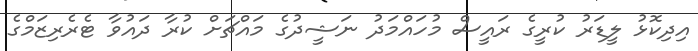
އިދިކޮޅު ލީޑަރު ކުރީގެ ރައީސް މުހައްމަދު ނަޝީދުގެ މައްޗަށް ކުރާ ދައުވާ ޓެރެރިޒަމްގެ